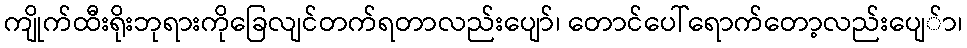
ကျိုက်ထီးရိုးဘုရားကိုခြေလျင်တက်ရတာလည်းပျော်၊ တောင်ပေါ်ရောက်တော့လည်းပျေ်ာ၊